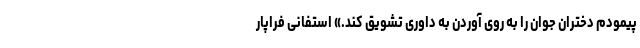
پیمودم دختران جوان را به روی آوردن به داوری تشویق کند.» استفانی فراپار